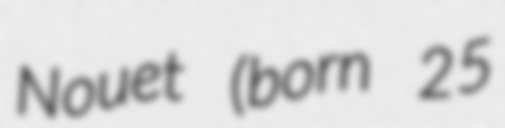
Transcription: Nouet (born 25